Insane asylums in Bengal annual reports 1876-1887 - 1876-1887
Year: 1876
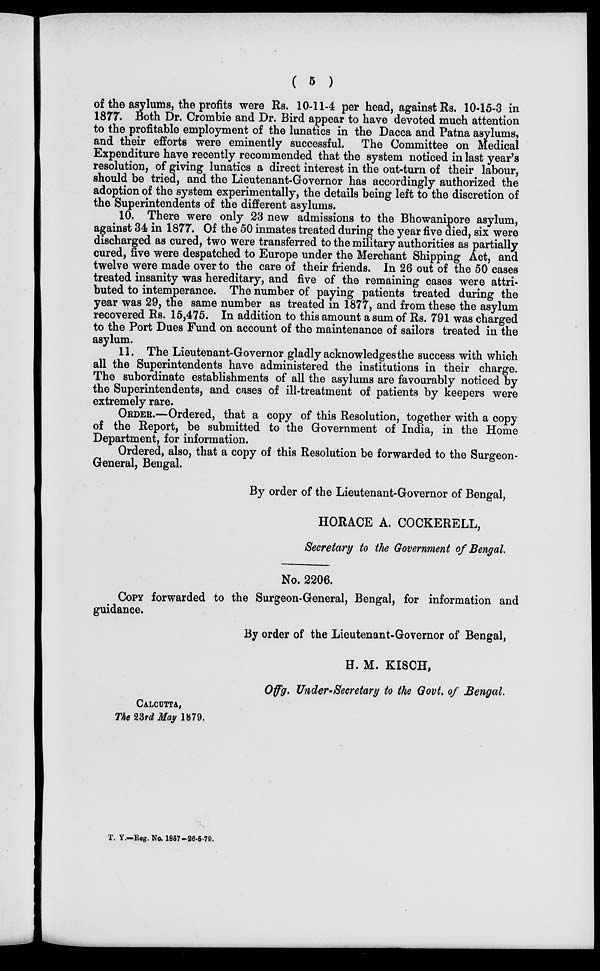
( 5 )
of the asylums, the profits were Rs. 10-11-4 per head, against Rs. 10-15-3 in
1877. Both Dr. Crombie and Dr. Bird appear to have devoted much attention
to the profitable employment of the lunatics in the Dacca and Patna asylums,
and their efforts were eminently successful. The Committee on Medical
Expenditure have recently recommended that the system noticed in last year's
resolution, of giving lunatics a direct interest in the out-turn of their labour,
should be tried, and the Lieutenant-Governor has accordingly authorized the
adoption of the system experimentally, the details being left to the discretion of
the Superintendents of the different asylums.
10. There were only 23 new admissions to the Bhowanipore asylum,
against 34 in 1877. Of the 50 inmates treated during the year five died, six were
discharged as cured, two were transferred to the military authorities as partially
cured, five were despatched to Europe under the Merchant Shipping Act, and
twelve were made over to the care of their friends. In 26 out of the 50 cases
treated insanity was hereditary, and five of the remaining cases were attri-
buted to intemperance. The number of paying patients treated during the
year was 29, the same number as treated in 1877, and from these the asylum
recovered Rs. 15,475. In addition to this amount a sum of Rs. 791 was charged
to the Port Dues Fund on account of the maintenance of sailors treated in the
asylum.
11. The Lieutenant-Governor gladly acknowledges the success with which
all the Superintendents have administered the institutions in their charge.
The subordinate establishments of all the asylums are favourably noticed by
the Superintendents, and cases of ill-treatment of patients by keepers were
extremely rare.
ORDER.—Ordered, that a copy of this Resolution, together with a copy
of the Report, be submitted to the Government of India, in the Home
Department, for information.
Ordered, also, that a copy of this Resolution be forwarded to the Surgeon-
General, Bengal.
By order of the Lieutenant-Governor of Bengal,
HORACE A. COCKERELL,
Secretary to the Government of Bengal.
No. 2206.
COPY forwarded to the Surgeon-General, Bengal, for information and
guidance.
By order of the Lieutenant-Governor of Bengal,
H. M. KISCH,
Offg. Under-Secretary to the Govt. of Bengal.
CALCUTTA,
The 23rd May 1879.
T. Y.—Reg. No. 1857-26-5-79.